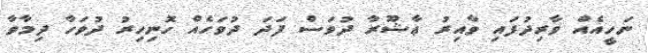
ނަހީއެއް ވާރިދުފައި ވާއިރު ޢާޝޫރާ ދުވަސް ފަދަ ދުވަހެއް ހޮނިހިރު ދުވަހާ ދިމާވާ